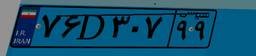
۸۵D۴۹۴۳۶